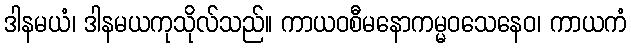
ဒါနမယံ၊ ဒါနမယကုသိုလ်သည်။ ကာယဝစီမနောကမ္မဝသေနေဝ၊ ကာယကံ